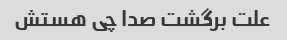
علت برگشت صدا چی هستش